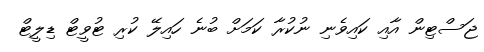
ޖަސްޓިން އާއި ކައިވެނި ނުކުރާ ކަމަށް ބުނެ ހައިލޭ ކުރި ޓުވީޓް ޑިލީޓް